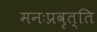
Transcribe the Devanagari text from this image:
मनःप्रवृत्ति